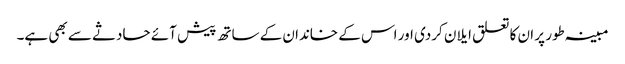
مبینہ طور پر ان کا تعلق ایلان کردی اور اس کے خاندان کے ساتھ پیش آئے حادثے سے بھی ہے۔